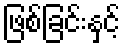
ဖြစ်ခြင်းနှင့်